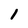
Character: 1